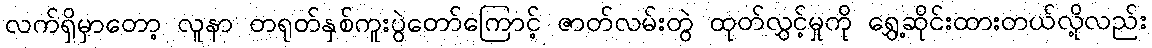
လက်ရှိမှာတော့ လူနာ တရုတ်နှစ်ကူးပွဲတော်ကြောင့် ဇာတ်လမ်းတွဲ ထုတ်လွှင့်မှုကို ရွှေ့ဆိုင်းထားတယ်လို့လည်း